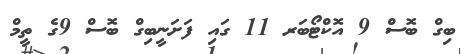
ބިގް ބޮސް 9 އޮކްޓޯބަރ 11 ގައި ފަށަނީބިގް ބޮސް 9ގެ ތީމް